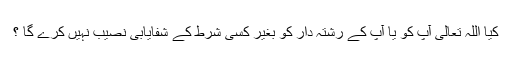
كيا اللہ تعالى آپ كو يا آپ كے رشتہ دار كو بغير كسى شرط كے شفايابى نصيب نہيں كرے گا ؟